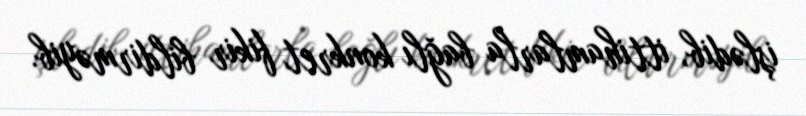
işlədib, ittihamlarla bağlı konkret fikir bildirməyib.